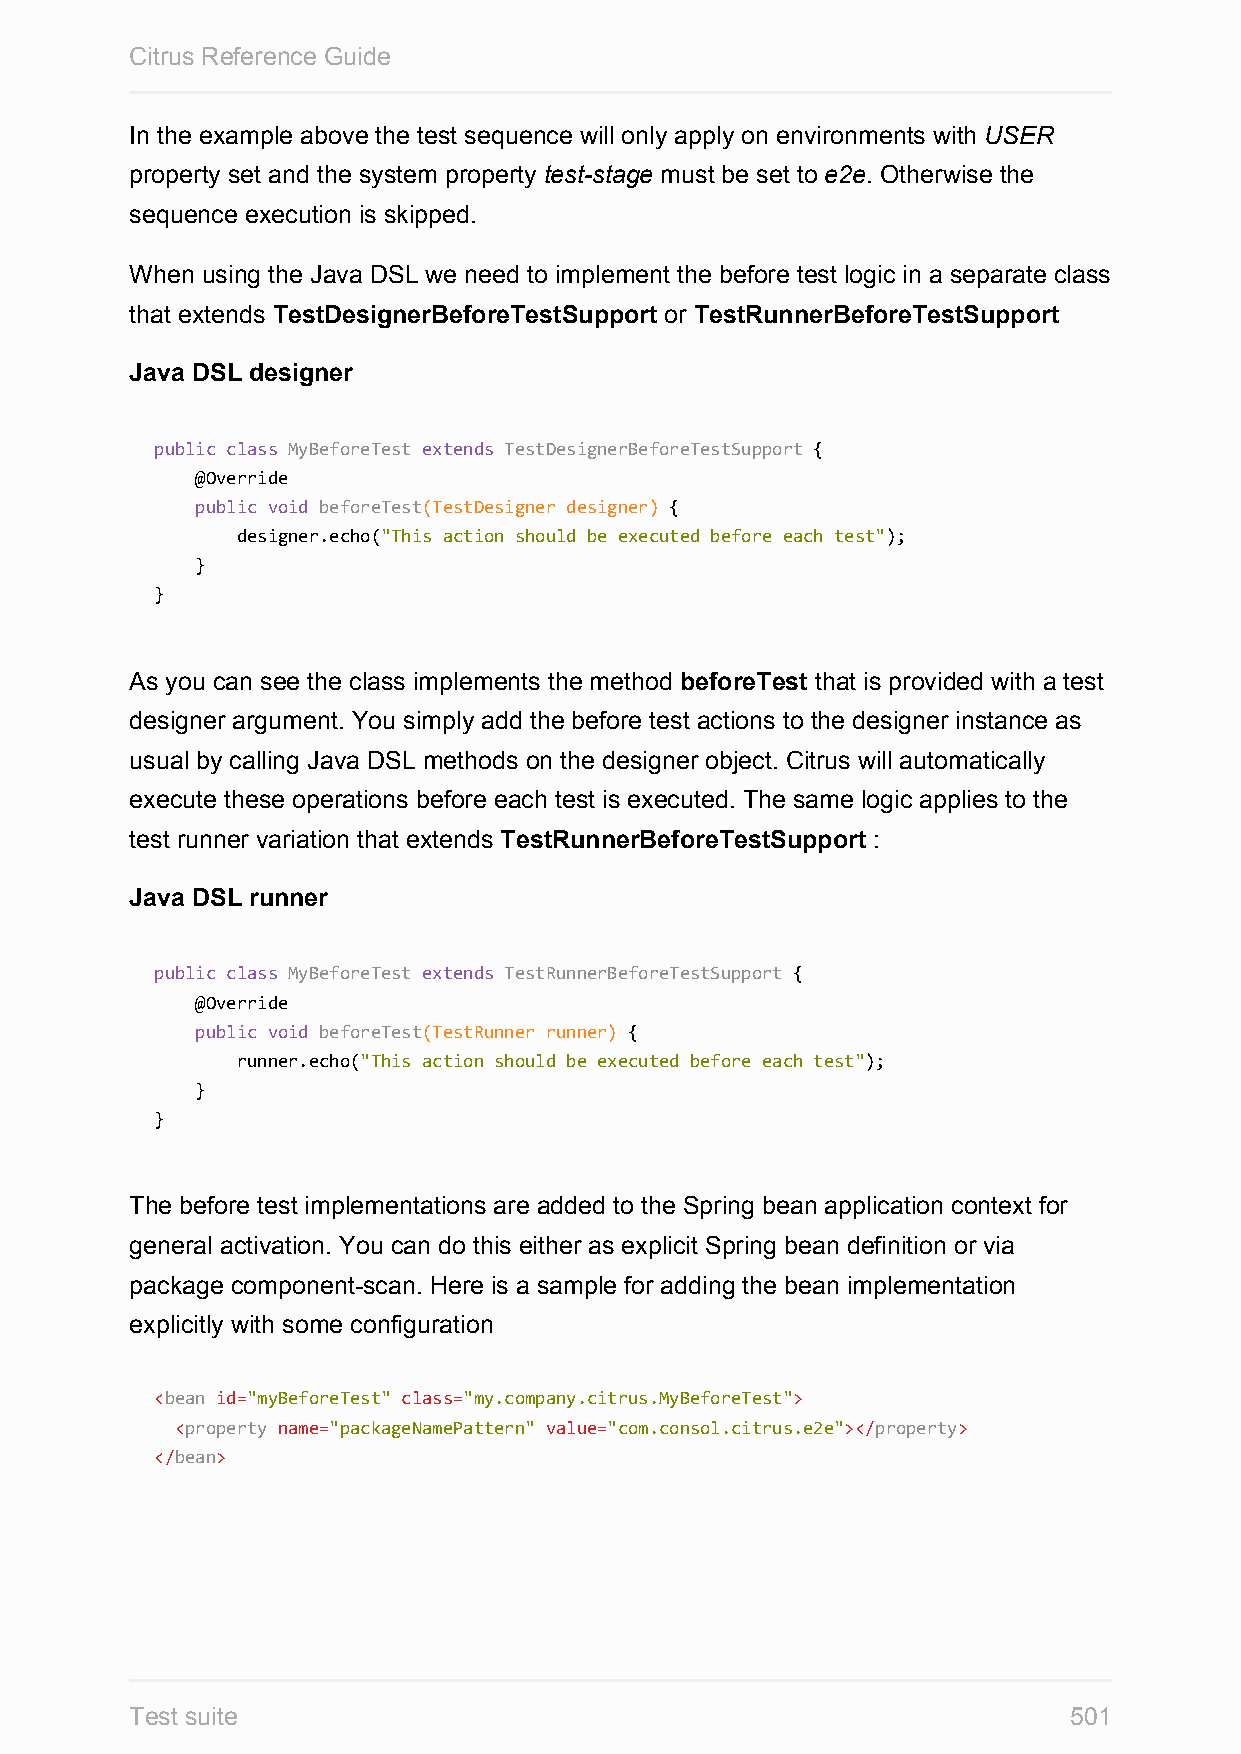
Citrus Reference Guide
 In the example above the test sequence will only apply on environments with USER
 property set and the system property test-stage must be set to e2e. Otherwise the
 sequence execution is skipped.
 When using the Java DSL we need to implement the before test logic in a separate class
 that extends TestDesignerBeforeTestSupport or TestRunnerBeforeTestSupport
 Java DSL designer
 public class MyBeforeTest extends TestDesignerBeforeTestSupport {
 @Override
 public void beforeTest(TestDesigner designer) {
 designer.echo("This action should be executed before each test");
 }
 }
 As you can see the class implements the method beforeTest that is provided with a test
 designer argument. You simply add the before test actions to the designer instance as
 usual by calling Java DSL methods on the designer object. Citrus will automatically
 execute these operations before each test is executed. The same logic applies to the
 test runner variation that extends TestRunnerBeforeTestSupport :
 Java DSL runner
 public class MyBeforeTest extends TestRunnerBeforeTestSupport {
 @Override
 public void beforeTest(TestRunner runner) {
 runner.echo("This action should be executed before each test");
 }
 }
 The before test implementations are added to the Spring bean application context for
 general activation. You can do this either as explicit Spring bean definition or via
 package component-scan. Here is a sample for adding the bean implementation
 explicitly with some configuration
 <bean id="myBeforeTest" class="my.company.citrus.MyBeforeTest">
 <property name="packageNamePattern" value="com.consol.citrus.e2e"></property>
 </bean>
 Test suite                                                    501